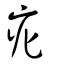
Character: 疕